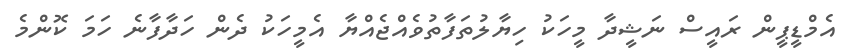
އެމްޑީޕީން ރައީސް ނަޝީދާ މީހަކު ހިޔާލުތަފާތުވެއްޖެއްޔާ އެމީހަކު ދެން ހަދާފާނެ ހަމަ ކޮންމެ